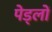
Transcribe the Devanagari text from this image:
पेड्लों